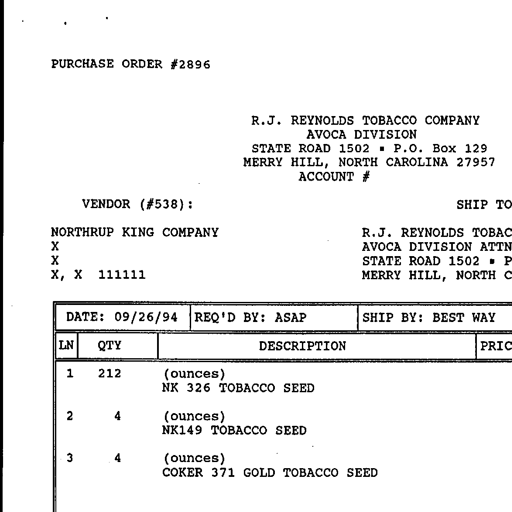
PURCHASE ORDER #2896

R.J. REYNOLDS TOBACCO COMPANY
AVOCA DIVISION
STATE ROAD 1502 ▪ P.O. Box 129
MERRY HILL, NORTH CAROLINA 27957
ACCOUNT #

VENDOR (#538):
SHIP TO

NORTHRUP KING COMPANY
R.J. REYNOLDS TOBAC
X
AVOCA DIVISION ATTN
X
STATE ROAD 1502 ▪ P
X, X 111111
MERRY HILL, NORTH C

DATE: 09/26/94
REQ'D BY: ASAP
SHIP BY: BEST WAY

LN
QTY
DESCRIPTION
PRIC

1
212
(ounces)
NK 326 TOBACCO SEED

2
4
(ounces)
NK149 TOBACCO SEED

3
4
(ounces)
COKER 371 GOLD TOBACCO SEED